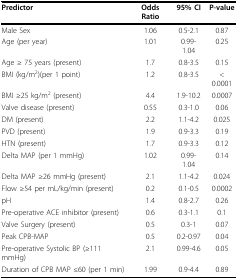
<table><thead><tr><td><b>Predictor</b></td><td><b>Odds Ratio</b></td><td><b>95% CI</b></td><td><b>P-value</b></td></tr></thead><tbody><tr><td>Male Sex</td><td>1.06</td><td>0.5-2.1</td><td>0.87</td></tr><tr><td>Age (per year)</td><td>1.01</td><td>0.99-1.04</td><td>0.25</td></tr><tr><td>Age ≥ 75 years (present)</td><td>1.7</td><td>0.8-3.5</td><td>0.15</td></tr><tr><td>BMI (kg/m<sup>2</sup>)(per 1 point)</td><td>1.2</td><td>0.8-3.5</td><td>&lt; 0.0001</td></tr><tr><td>BMI ≥25 kg/m<sup>2 </sup>(present)</td><td>4.4</td><td>1.9-10.2</td><td>0.0007</td></tr><tr><td>Valve disease (present)</td><td>0.55</td><td>0.3-1.0</td><td>0.06</td></tr><tr><td>DM (present)</td><td>2.2</td><td>1.1-4.2</td><td>0.025</td></tr><tr><td>PVD (present)</td><td>1.9</td><td>0.9-3.3</td><td>0.19</td></tr><tr><td>HTN (present)</td><td>1.7</td><td>0.9-3.3</td><td>0.12</td></tr><tr><td>Delta MAP (per 1 mmHg)</td><td>1.02</td><td>0.99-1.04</td><td>0.14</td></tr><tr><td>Delta MAP ≥26 mmHg (present)</td><td>2.1</td><td>1.1-4.2</td><td>0.024</td></tr><tr><td>Flow ≥54 per mL/kg/min (present)</td><td>0.2</td><td>0.1-0.5</td><td>0.0002</td></tr><tr><td>pH</td><td>1.4</td><td>0.8-2.7</td><td>0.26</td></tr><tr><td>Pre-operative ACE inhibitor (present)</td><td>0.6</td><td>0.3-1.1</td><td>0.1</td></tr><tr><td>Valve Surgery (present)</td><td>0.5</td><td>0.3-1</td><td>0.07</td></tr><tr><td>Peak CPB-MAP</td><td>0.5</td><td>0.2-0.97</td><td>0.04</td></tr><tr><td>Pre-operative Systolic BP (≥111 mmHg)</td><td>2.1</td><td>0.99-4.6</td><td>0.05</td></tr><tr><td>Duration of CPB MAP ≤60 (per 1 min)</td><td>1.99</td><td>0.9-4.4</td><td>0.89</td></tr></tbody></table>